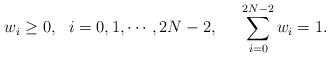
LaTeX: \begin{align*}w_i\geq0,~~i=0,1,\cdots,2N-2, ~~ ~~\sum\limits_{i=0}^{2N-2}w_i=1.\end{align*}